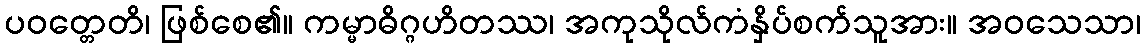
ပဝတ္တေတိ၊ ဖြစ်စေ၏။ ကမ္မာဓိဂ္ဂဟိတဿ၊ အကုသိုလ်ကံနှိပ်စက်သူအား။ အဝသေသာ၊